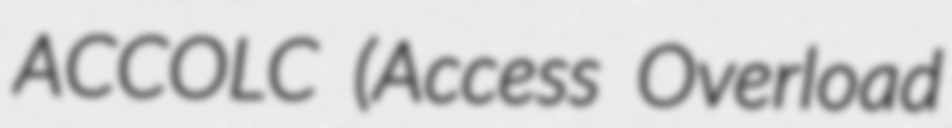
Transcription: ACCOLC (Access Overload